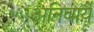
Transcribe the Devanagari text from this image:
अनिवार्ये